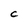
Character: C